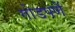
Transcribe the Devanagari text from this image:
गोडपणें